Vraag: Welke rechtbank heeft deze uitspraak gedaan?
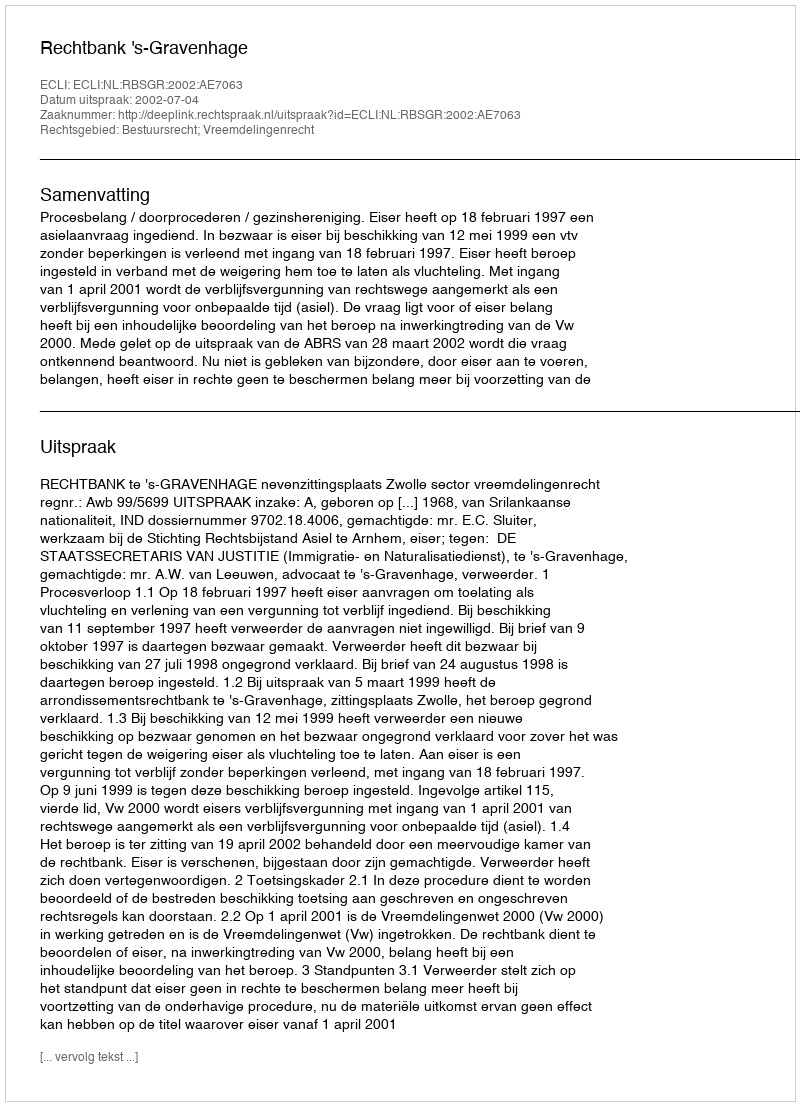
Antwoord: Rechtbank 's-Gravenhage